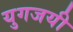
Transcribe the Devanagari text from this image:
युगजयी